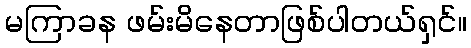
မကြာခန ဖမ်းမိနေတာဖြစ်ပါတယ်ရှင်။